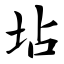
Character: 坫